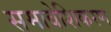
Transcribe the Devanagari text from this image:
समावेशिकरण